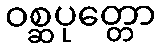
ဝစ္ဆပုတ္တော